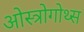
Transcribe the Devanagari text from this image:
ओस्त्रोगोथ्स